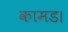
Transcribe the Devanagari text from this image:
कामड।